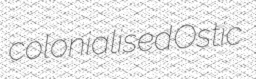
colonialised Ostic